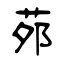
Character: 茒